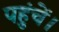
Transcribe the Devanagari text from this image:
पहुंचें।